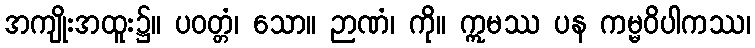
အကျိုးအထူး၌။ ပဝတ္တံ၊ သော။ ဉာဏံ၊ ကို။ ဣမဿ ပန ကမ္မဝိပါကဿ၊